system: You are a helpful assistant.
user:
Analyze the provided spectrum to determine if it is a **White Dwarf (WD)**.

A White Dwarf spectrum is defined by its **extreme purity** (due to gravitational settling) and/or **extreme pressure broadening** (due to high surface gravity). You must check for one of the following mutually exclusive signatures:

- **Key Visual Indicators (Check for ONE of these types):**

    - **1. DA-Type Signature (Most Common):**
        - **(Primary Feature):** Extreme pressure broadening (Stark broadening) of the **Hydrogen (H) Balmer lines**.
        - **(Key Lines):** $H\beta$ (approx. $4861$ Å) and $H\gamma$ (approx. $4340$ Å). $H\alpha$ (approx. $6563$ Å) will also be present if the wavelength range covers it.
        - **(Line Profile):** This is the **defining feature**. The lines are **NOT** sharp. They appear as massive, **extremely broad and deep "troughs" or "dips"** in the spectrum, often hundreds of Ångströms wide. The continuum will appear to "scoop" down at these wavelengths.
        - **(Distinction):** Normal A-type or B-type stars have *narrow* and *sharp* Hydrogen lines. A DA White Dwarf's lines are unmistakably "smeared" or "blurry" from pressure.

    - **2. DB-Type Signature:**
        - **(Primary Feature):** Broad absorption lines from **Neutral Helium (He I)**. The spectrum must lack any visible Hydrogen lines.
        - **(Key Lines):** Look for broad absorption near $4471$ Å, $4921$ Å, and $5876$ Å.
        - **(Line Profile):** These lines are also significantly pressure-broadened, appearing much wider than they would in a normal B-type main-sequence star.

    - **3. DC-Type Signature:**
        - **(Primary Feature):** A **featureless continuous spectrum**.
        - **(Line Profile):** The spectrum is a smooth curve with **no significant absorption or emission lines**.
        - **(Key Confirmation):** The continuum is almost always **blue or white**, indicating a hot object. This signature implies the atmosphere is so pure (or so cool) that no spectral lines are visible in the optical range. Its WD identity is confirmed by its extremely low intrinsic brightness (high absolute magnitude).

    - **4. DZ-Type Signature (Metal-Polluted):**
        - **(Primary Feature):** **Isolated, narrow metal absorption lines** on an otherwise featureless (DC-like) continuum.
        - **(Key Lines):** The **Calcium (Ca II) H & K doublet** (approx. **$3934$ Å** and **$3968$ Å**) is the most common and defining feature.
        - **(Line Profile):** These lines are "out of place." They are *not* part of a "forest" of thousands of lines. This signature is evidence of recent *accretion* (pollution) from rocky debris.
        - **(Distinction):** Normal G/K/M stars have a *dense forest* of thousands of metal lines. A DZ has a *clean* continuum with *only a few* strong metal lines.

    - **5. DQ-Type Signature (Carbon-Polluted):**
        - **(Primary Feature):** Absorption bands from **Carbon (C₂ "Swan Bands" or atomic C I)**.
        - **(Key Lines - C₂):** Look for bandheads with a "saw-tooth" shape near $5635$ Å, **$5165$ Å** (strongest), and $4737$ Å.
        - **(Key Confirmation):** The underlying **continuum must be blue or white** (hot).
        - **(Distinction):** This is the critical difference from a **Carbon Star**, which has the *exact same* C₂ bands but on an extremely **red, cool** continuum.

- **(Overall Spectrum):**
    - The continuum (overall shape) is typically **blue-sloping** (brighter in the blue than the red), as most white dwarfs are very hot.
    - The spectrum will look "pure" or "simple," dominated by only *one* of the five signatures listed above.

Think first, call **spectral_visualization_tool** if needed to examine features in detail, then provide your final answer. Your response must adhere to the following strict rules:
1.  **Overall Structure:** Your response must follow the format `<think>...</think> <tool_call>...</tool_call> (if a tool is used) <answer>...</answer>`.
2.  **Tool Usage Constraint:** You may only make **one** tool call per turn.
3.  **Final Answer Format:** In the `<answer>` tag, your conclusion must be inside a `\boxed{}` command (e.g., `\boxed{YES}` or `\boxed{NO}`), followed by your justification.

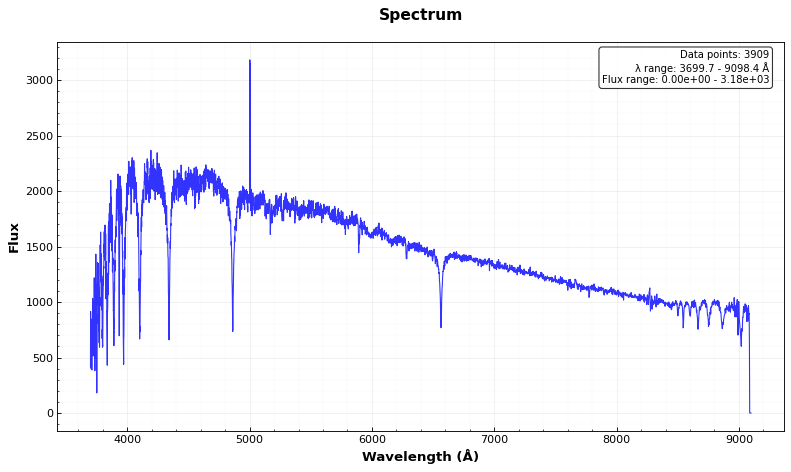
Answer: NO